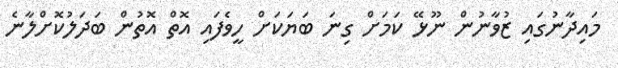
މައިދާނުގައި ޒުވާނުން ނޫޅޭ ކަމަށް ގިނަ ބަޔަކަށް ހީވެފައި އޮތް އޮތުން ބަދަލުކޮށްލާނެ